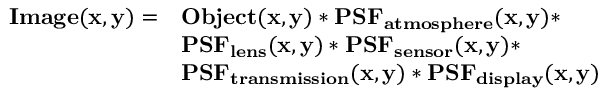
{ \begin{array} { r l } { \mathbf { I m a g e ( x , y ) } = } & { \mathbf { O b j e c t ( x , y ) * P S F _ { a t m o s p h e r e } ( x , y ) * } } \\ & { \mathbf { P S F _ { l e n s } ( x , y ) * P S F _ { s e n s o r } ( x , y ) * } } \\ & { \mathbf { P S F _ { t r a n s m i s s i o n } ( x , y ) * P S F _ { d i s p l a y } ( x , y ) } } \end{array} }